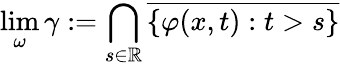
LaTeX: \operatorname*{lim}_{\omega}\gamma:=\bigcap_{s\in\mathbb{R}}{\overline{{\{ \varphi(x,t):t>s\} }}}